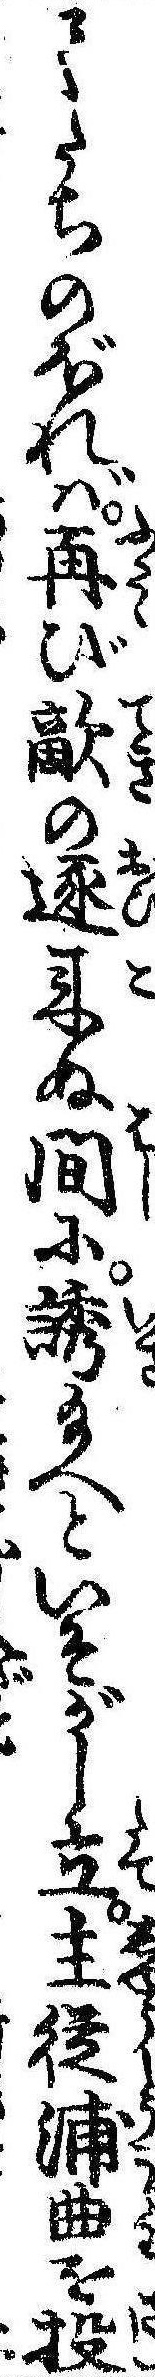
てたちのぼれば再び敵の逐来ぬ間に誘給へといそがし立主従浦曲を投